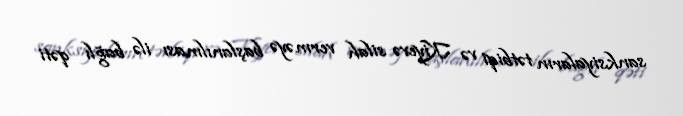
sanksiyaların tətbiqi və Kiyevə silah verməyə başlanılması ilə bağlı qəti